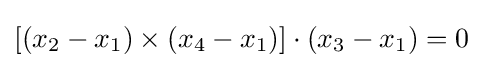
[(x_{2}-x_{1})\times (x_{4}-x_{1})]\cdot (x_{3}-x_{1})=0